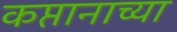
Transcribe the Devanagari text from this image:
कप्तानाच्या